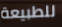
للطبيعة